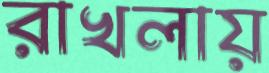
রাখলায়